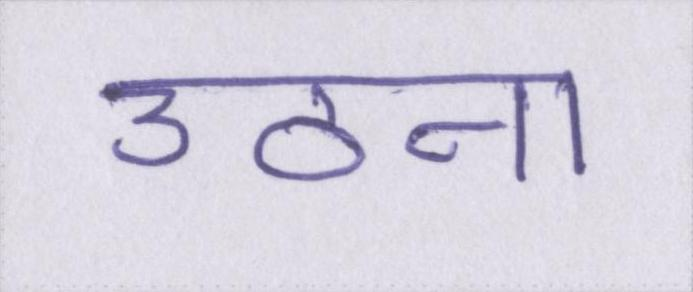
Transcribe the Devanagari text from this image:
उठना